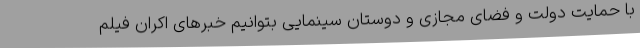
با حمایت دولت و فضای مجازی و دوستان سینمایی بتوانیم خبرهای اکران فیلم